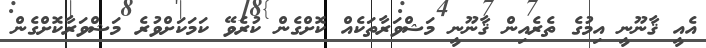
އެއީ ޤާނޫނީ އިމުގެ ތެރެއިން ޤާނޫނީ މަޝްވަރާތަކެއް ކޮށްގެން ކުރެވޭ ކަމަކަށްވުރެ މަޝްވަރާކޮށްގެން